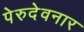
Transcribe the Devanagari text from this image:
पेरुदेवनार